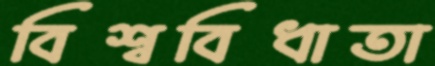
বিশ্ববিধাতা